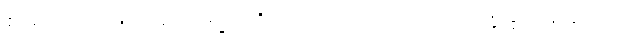
ဧဝမေဝ၊ သာလျှင်။ ဣမေဓမ္မာ၊ တို့သည်။ အဟုတွာ၊ ၍။ သမ္ဘောန္တိ၊ ၏။ ဟုတွာ၊ ၍။